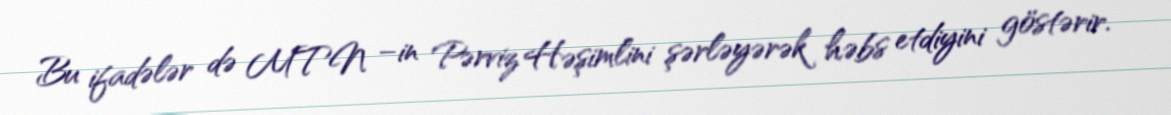
Bu ifadələr də MTN –in Pərviz Həşimlini şərləyərək həbs etdiyini göstərir.